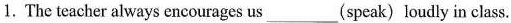
1. The teacher always encourages us ___ (speak) loudly in class.